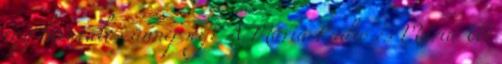
egy hivatalos ünnepség? A Mária Rádió és Mária Út